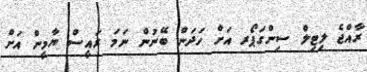
ރާއްޖެ ލިޓިލް ސިންގަޕޯރ އަށް ހަދަން ބޭނުން ނަމަ ރައީސް ޔާމީން އަށް